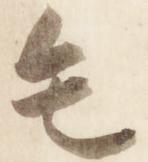
毛